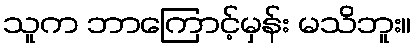
သူက ဘာကြောင့်မှန်း မသိဘူး။